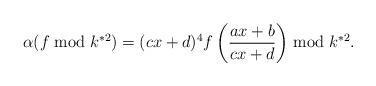
LaTeX: \begin{align*}\alpha(f \bmod k^{*2}) = (cx+d)^4 f\left(\frac{ax+b}{cx+d}\right)\bmod k^{*2}.\end{align*}